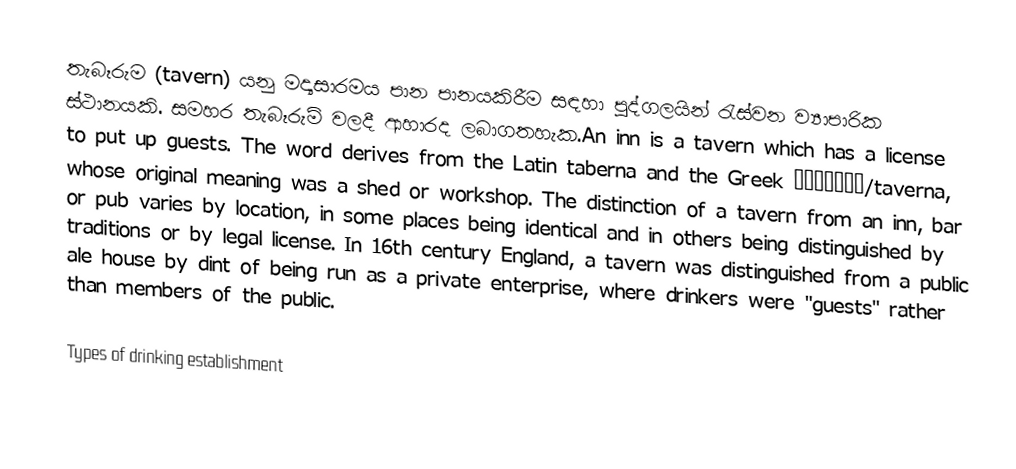
තැබෑරුම (tavern) යනු මද්‍යසාරමය පාන පානයකිරීම සඳහා පුද්ගලයින් රැස්වන ව්‍යාපාරික ස්ථානයකි. සමහර  තැබෑරුම් වලදී ආහාරද ලබාගතහැක.An inn is a tavern which has a license to put up guests. The word derives from the Latin taberna and the Greek ταβέρνα/taverna, whose original meaning was a shed or workshop. The distinction of a tavern from an inn, bar or pub varies by location, in some places being identical and in others being distinguished by traditions or by legal license. In 16th century England, a tavern was distinguished from a public ale house by dint of being run as a private enterprise, where drinkers were "guests" rather than members of the public.

Types of drinking establishment